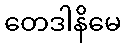
တေဒါနိမေ